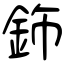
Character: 鉓